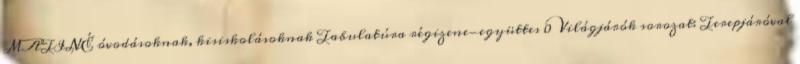
MATINÉ óvodásoknak, kisiskolásoknak Tabulatúra régizene-együttes 0 Világjárók sorozat: Terepjáróval